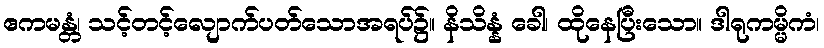
ဧကမန္တံ၊ သင့်တင့်လျောက်ပတ်သောအရပ်၌။ နိသိန္နံ ခေါ၊ ထိုနေပြီးသော။ ဒါရုကမ္မိကံ၊